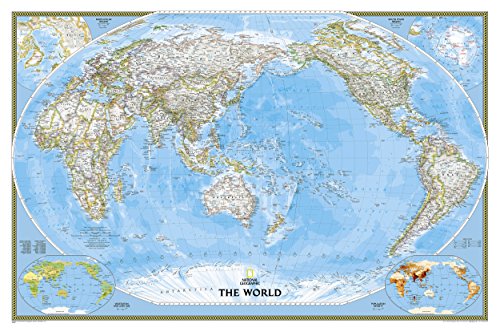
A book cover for World Classic, Pacific Centered [Laminated] (National Geographic Reference Map); National Geographic Maps - Reference; Reference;